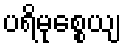
ပရိမုစ္စေယျ